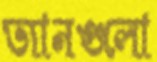
ভ্যানগুলো